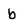
Character: b